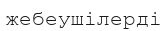
жебеушілерді